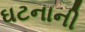
ઘટનાની